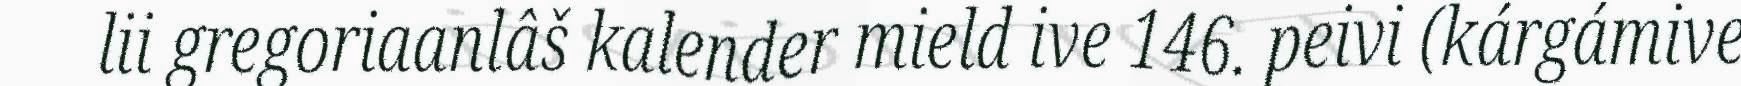
lii gregoriaanlâš kalender mield ive 146. peivi (kárgámive